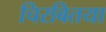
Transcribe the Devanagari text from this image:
चिरबितया